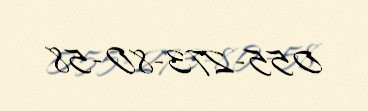
055-273-80-58